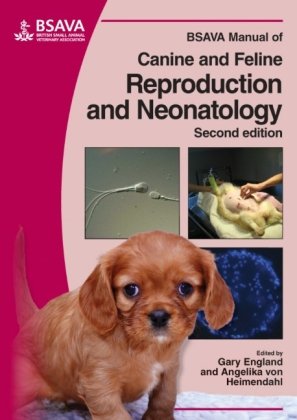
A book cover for BSAVA Manual of Canine and Feline Reproduction and Neonatology; Medical Books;